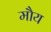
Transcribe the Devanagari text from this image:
मौय